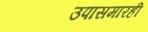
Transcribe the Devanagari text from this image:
उपासमारही